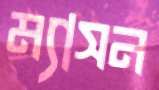
ম্যাসন